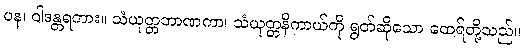
ပန၊ ဝါဒန္တရကား။ သံယုတ္တဘာဏကာ၊ သံယုတ္တနိကာယ်ကို ရွတ်ဆိုသော ထေရ်တို့သည်။